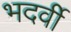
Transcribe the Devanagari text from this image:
भदर्वी